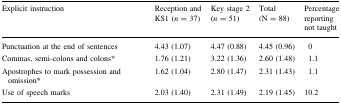
| Explicit instruction | Reception and KS1 (n = 37) | Key stage 2 (n = 51) | Total (N = 88) | Percentage reporting not taught |
 | --- | --- | --- | --- | --- |
 | Punctuation at the end of sentences | 4.43 (1.07) | 4.47 (0.88) | 4.45 (0.96) | 0 |
 | Commas, semi-colons and colons* | 1.76 (1.21) | 3.22 (1.36) | 2.60 (1.48) | 1.1 |
 | Apostrophes to mark possession and omission* | 1.62 (1.04) | 2.80 (1.47) | 2.31 (1.43) | 1.1 |
 | Use of speech marks | 2.03 (1.40) | 2.31 (1.49) | 2.19 (1.45) | 10.2 |